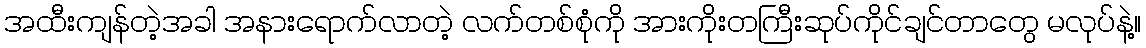
အထီးကျန်တဲ့အခါ အနားရောက်လာတဲ့ လက်တစ်စုံကို အားကိုးတကြီးဆုပ်ကိုင်ချင်တာတွေ မလုပ်နဲ့။